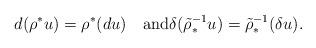
LaTeX: \begin{align*}d(\rho^*u)=\rho^*(d u)\quad\mbox{and}\delta(\tilde\rho_*^{-1}u)=\tilde\rho_*^{-1}(\delta u).\end{align*}